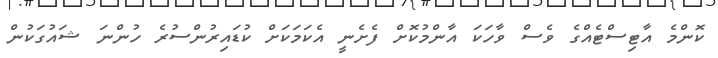
ކޮންމެ އާޓިސްޓެއްގެ ވެސް ވާހަކަ އާންމުކޮށް ފެށެނީ އެކަމަކަށް ކުޑައިރުންސުރެ ހުންނަ ޝައުގަކުން